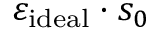
\varepsilon _ { \mathrm { i d e a l } } \cdot s _ { 0 }